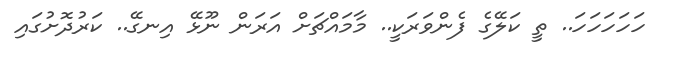
ހަހަހަހަހަ.. ތީ ކަލޭގެ ފެންވަރަކީ.. މާމައްޗަށް އަރަން ނޫޅޭ އިނގޭ.. ކަރުދޮށުގައި